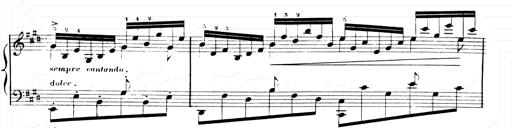
Title: 2 Transcriptions d'aprÃ¨s Rossini
Composer: Franz Liszt